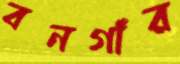
বনগাঁর